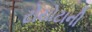
ટોયોટાની